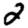
Digit: 2